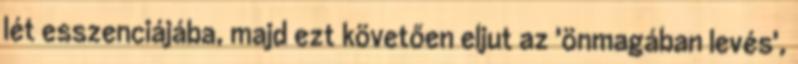
lét esszenciájába, majd ezt követően eljut az 'önmagában levés',